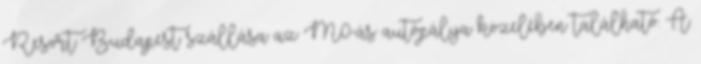
Resort Budapest szállása az M0-ás autópálya közelében található. A